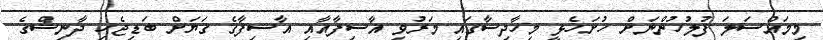
މިމައްސަލަ ފުލުހުންނަށް ހުށަހެޅީ މިހާދިސާގައި މަރުވި އާސިފާއާއި އާސިފާގެ ގަޔަށް ބަޑިޖެހި ދާނިޝްގެ